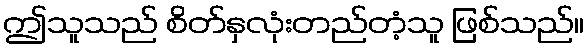
ဤသူသည် စိတ်နှလုံးတည်တံ့သူ ဖြစ်သည်။